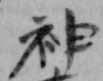
神